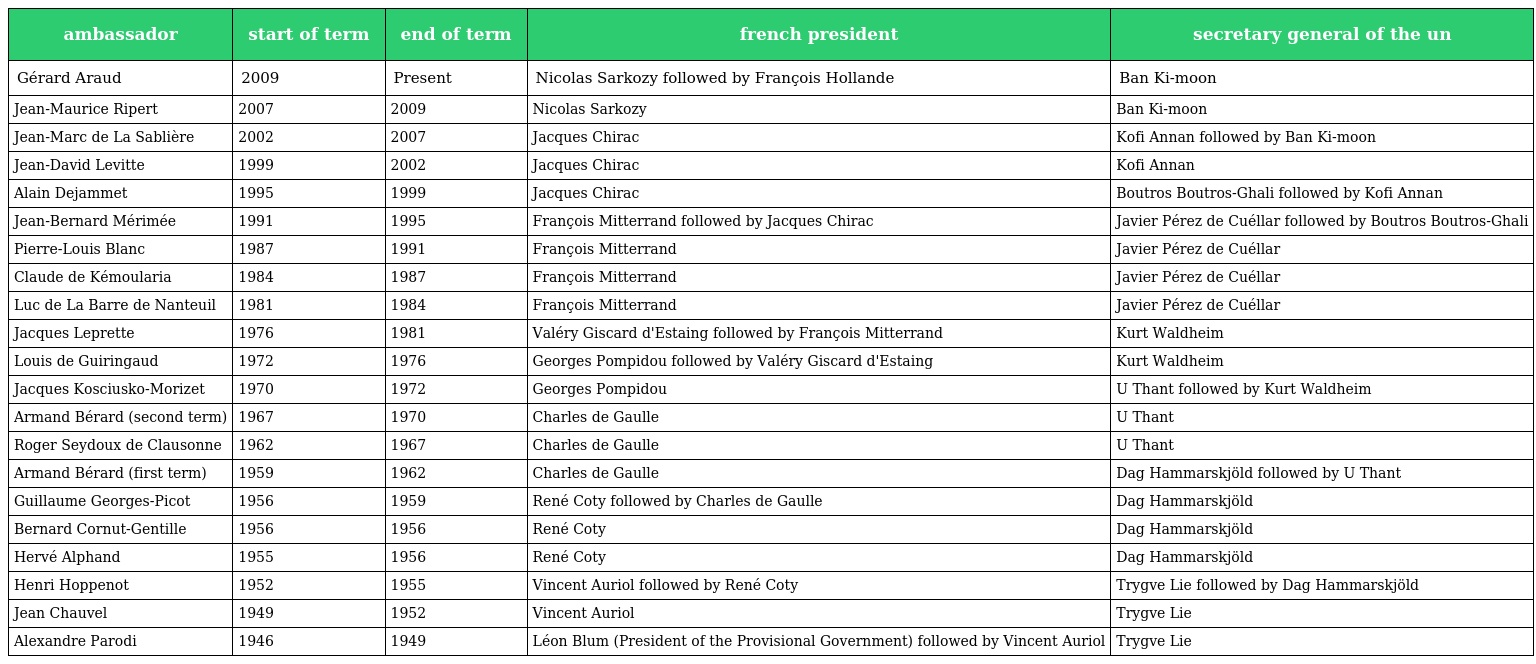
| ambassador | start of term | end of term | french president | secretary general of the un |
 | --- | --- | --- | --- | --- |
 | Gérard Araud | 2009 | Present | Nicolas Sarkozy followed by François Hollande | Ban Ki-moon |
 | Jean-Maurice Ripert | 2007 | 2009 | Nicolas Sarkozy | Ban Ki-moon |
 | Jean-Marc de La Sablière | 2002 | 2007 | Jacques Chirac | Kofi Annan followed by Ban Ki-moon |
 | Jean-David Levitte | 1999 | 2002 | Jacques Chirac | Kofi Annan |
 | Alain Dejammet | 1995 | 1999 | Jacques Chirac | Boutros Boutros-Ghali followed by Kofi Annan |
 | Jean-Bernard Mérimée | 1991 | 1995 | François Mitterrand followed by Jacques Chirac | Javier Pérez de Cuéllar followed by Boutros Boutros-Ghali |
 | Pierre-Louis Blanc | 1987 | 1991 | François Mitterrand | Javier Pérez de Cuéllar |
 | Claude de Kémoularia | 1984 | 1987 | François Mitterrand | Javier Pérez de Cuéllar |
 | Luc de La Barre de Nanteuil | 1981 | 1984 | François Mitterrand | Javier Pérez de Cuéllar |
 | Jacques Leprette | 1976 | 1981 | Valéry Giscard d'Estaing followed by François Mitterrand | Kurt Waldheim |
 | Louis de Guiringaud | 1972 | 1976 | Georges Pompidou followed by Valéry Giscard d'Estaing | Kurt Waldheim |
 | Jacques Kosciusko-Morizet | 1970 | 1972 | Georges Pompidou | U Thant followed by Kurt Waldheim |
 | Armand Bérard (second term) | 1967 | 1970 | Charles de Gaulle | U Thant |
 | Roger Seydoux de Clausonne | 1962 | 1967 | Charles de Gaulle | U Thant |
 | Armand Bérard (first term) | 1959 | 1962 | Charles de Gaulle | Dag Hammarskjöld followed by U Thant |
 | Guillaume Georges-Picot | 1956 | 1959 | René Coty followed by Charles de Gaulle | Dag Hammarskjöld |
 | Bernard Cornut-Gentille | 1956 | 1956 | René Coty | Dag Hammarskjöld |
 | Hervé Alphand | 1955 | 1956 | René Coty | Dag Hammarskjöld |
 | Henri Hoppenot | 1952 | 1955 | Vincent Auriol followed by René Coty | Trygve Lie followed by Dag Hammarskjöld |
 | Jean Chauvel | 1949 | 1952 | Vincent Auriol | Trygve Lie |
 | Alexandre Parodi | 1946 | 1949 | Léon Blum (President of the Provisional Government) followed by Vincent Auriol | Trygve Lie |